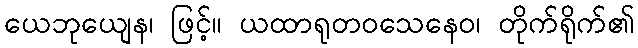
ယေဘုယျေန၊ ဖြင့်။ ယထာရုတဝသေနေဝ၊ တိုက်ရိုက်၏